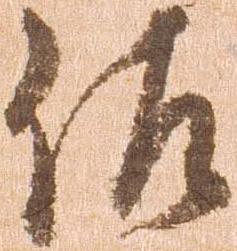
佐